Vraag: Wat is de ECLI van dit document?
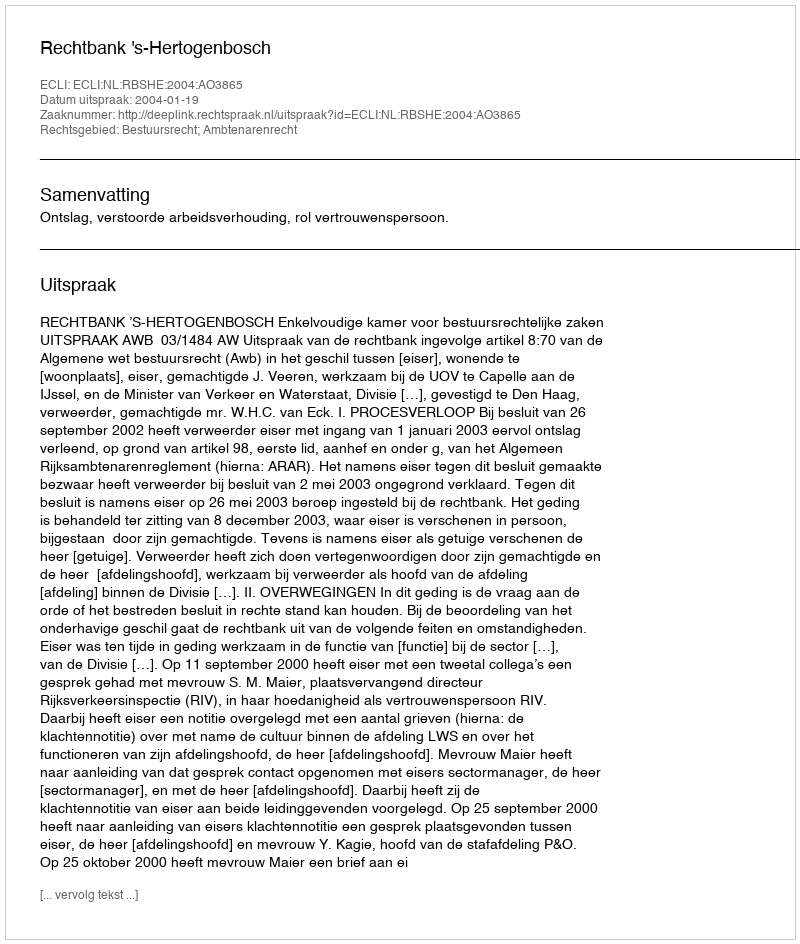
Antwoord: ECLI:NL:RBSHE:2004:AO3865